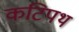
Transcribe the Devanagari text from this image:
कटिपथ